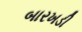
બારખડી